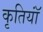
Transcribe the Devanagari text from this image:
कृतियॉं